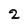
Character: 2